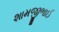
શામજીભાઈ